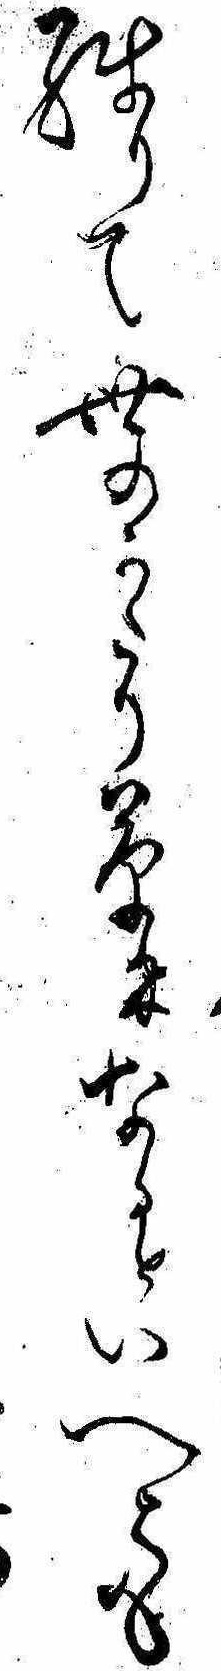
残りて世のかたり草になるといへとも